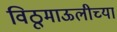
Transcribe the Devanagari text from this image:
विठूमाऊलीच्या